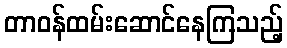
တာဝန်ထမ်းဆောင်နေကြသည့်